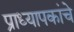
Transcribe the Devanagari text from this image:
प्राध्यापकांचे